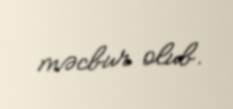
məcbur olub.